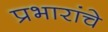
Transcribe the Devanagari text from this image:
प्रभारांचे